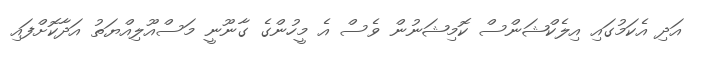
އަދި އެކަމުގައި އިލެކްޝަންސް ކޮމިޝަނުން ވެސް އެ މީހުންގެ ގާނޫނީ މަސްއޫލިއްޔަތު އަދާކޮށްފައި